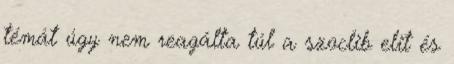
témát úgy nem reagálta túl a szoclib elit és